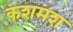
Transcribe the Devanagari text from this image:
कशमश